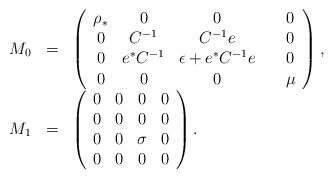
LaTeX: \begin{align*}\begin{array}{rcl}M_{0} & = & \left(\begin{array}{cccc}\rho_{*} & 0 & 0 & \quad0\\0 & C^{-1} & C^{-1}e & \quad0\\0 & e^{*}C^{-1} & \epsilon+e^{*}C^{-1}e & \quad0\\0 & 0 & 0 & \quad\mu\end{array}\right),\\M_{1} & = & \left(\begin{array}{cccc}0 & 0 & 0 & 0\\0 & 0 & 0 & 0\\0 & 0 & \sigma & 0\\0 & 0 & 0 & 0\end{array}\right).\end{array}\end{align*}